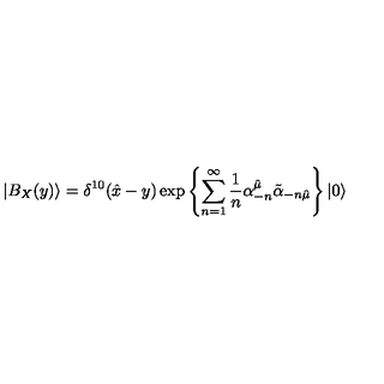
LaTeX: | B _ { X } ( y ) \rangle = \delta ^ { 1 0 } ( { \hat { x } } - y ) \exp \left\{ { \sum _ { n = 1 } ^ { \infty } { \frac { 1 } { n } } \alpha _ { - n } ^ { \hat { \mu } } { \tilde { \alpha } } _ { - n { \hat { \mu } } } } \right\} | 0 \rangle